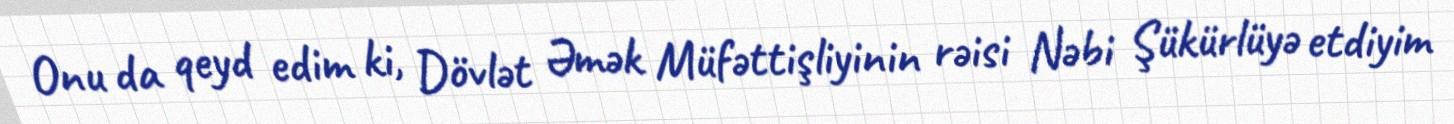
Onu da qeyd edim ki, Dövlət Əmək Müfəttişliyinin rəisi Nəbi Şükürlüyə etdiyim